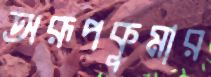
অরূপকুমার